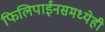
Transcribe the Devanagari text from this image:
फिलिपाईनसमध्येही